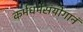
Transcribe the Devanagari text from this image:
कर्मधर्मसंयोगानं